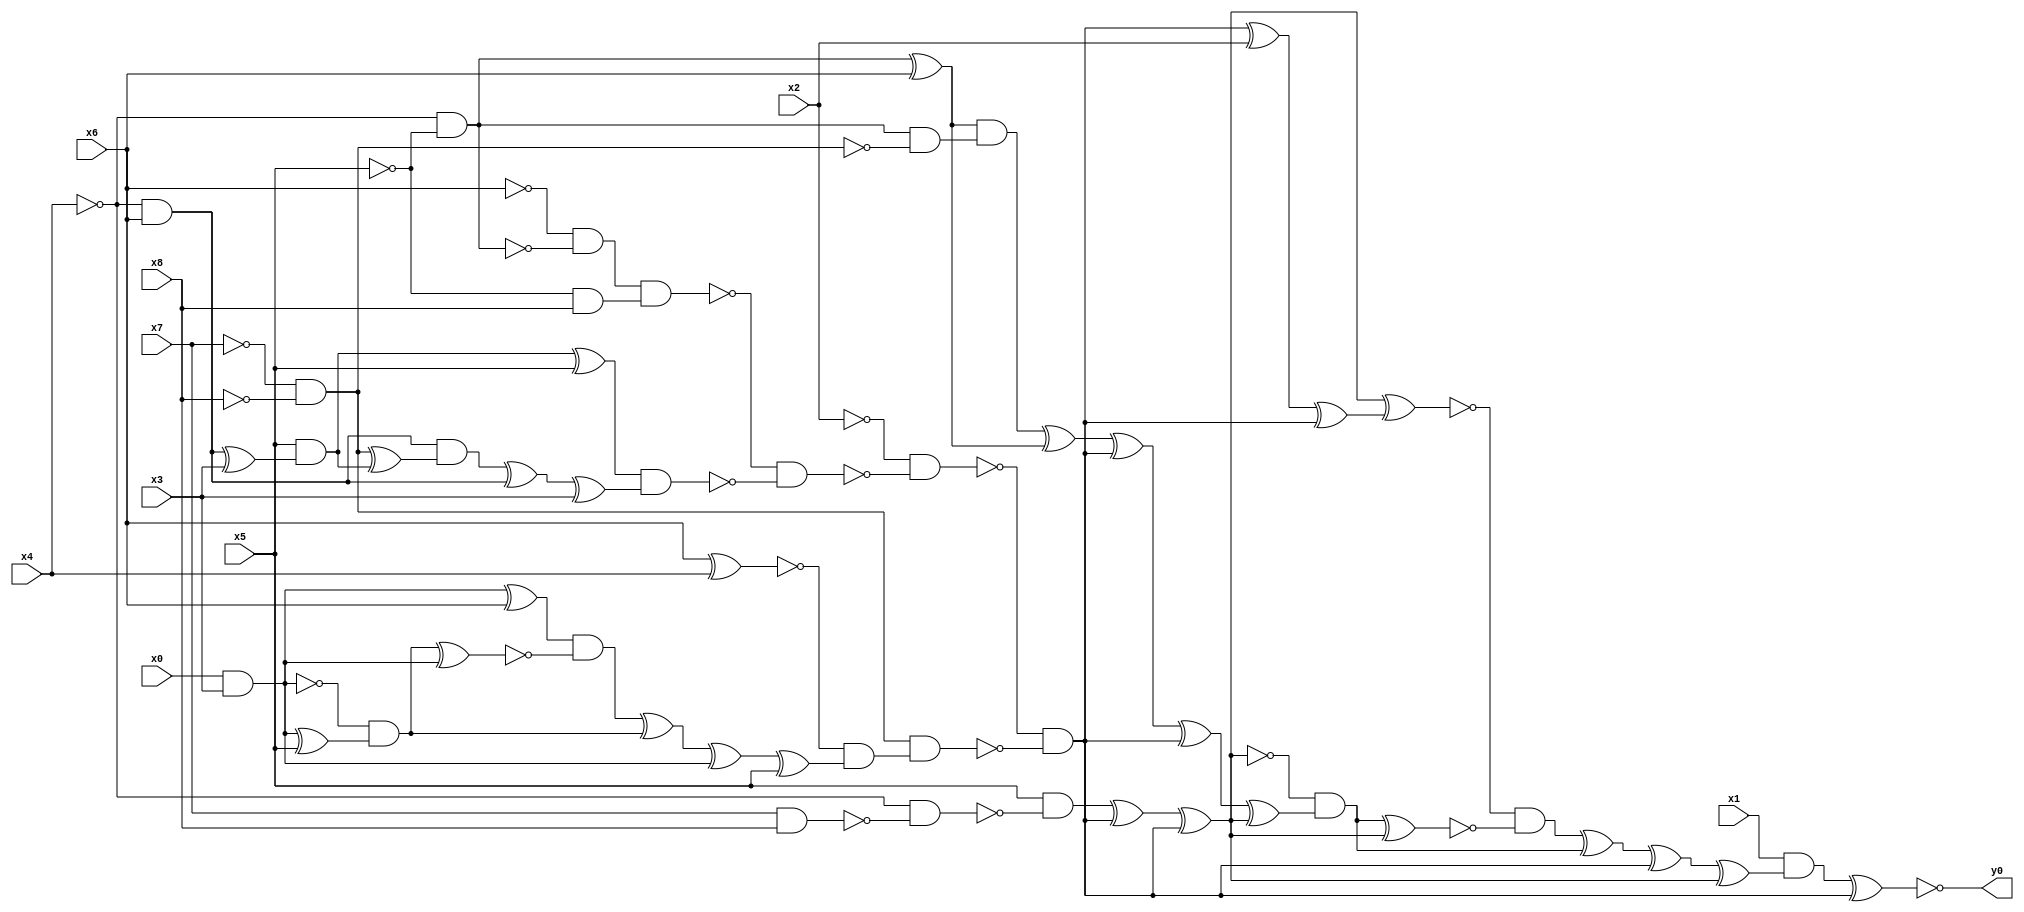
module top( x0 , x1 , x2 , x3 , x4 , x5 , x6 , x7 , x8 , y0 );
  input x0 , x1 , x2 , x3 , x4 , x5 , x6 , x7 , x8 ;
  output y0 ;
  wire n10 , n11 , n12 , n13 , n14 , n15 , n16 , n17 , n18 , n19 , n20 , n21 , n22 , n23 , n24 , n25 , n26 , n27 , n28 , n29 , n30 , n31 , n32 , n33 , n34 , n35 , n36 , n37 , n38 , n39 , n40 , n41 , n42 , n43 , n44 , n45 , n46 , n47 , n48 , n49 , n50 , n51 , n52 , n53 , n54 , n55 , n56 , n57 , n58 , n59 , n60 , n61 ;
  assign n41 = x7 & x8 ;
  assign n42 = ~x4 & ~n41 ;
  assign n43 = x5 & ~n42 ;
  assign n10 = ~x4 & ~x5 ;
  assign n11 = ~x6 & ~n10 ;
  assign n12 = ~x5 & x8 ;
  assign n13 = n11 & n12 ;
  assign n14 = ~x4 & x6 ;
  assign n15 = n14 ^ x3 ;
  assign n16 = x5 & n15 ;
  assign n17 = n16 ^ x5 ;
  assign n18 = ~x7 & ~x8 ;
  assign n19 = n18 ^ n16 ;
  assign n20 = n14 & n19 ;
  assign n21 = n20 ^ n14 ;
  assign n22 = n21 ^ x3 ;
  assign n23 = n17 & n22 ;
  assign n24 = ~n13 & ~n23 ;
  assign n25 = ~x2 & ~n24 ;
  assign n26 = x6 ^ x4 ;
  assign n27 = x0 & x3 ;
  assign n28 = n27 ^ x6 ;
  assign n29 = n27 ^ x5 ;
  assign n30 = ~n27 & n29 ;
  assign n31 = n30 ^ n27 ;
  assign n32 = n28 & ~n31 ;
  assign n33 = n32 ^ n30 ;
  assign n34 = n33 ^ n27 ;
  assign n35 = n34 ^ x5 ;
  assign n36 = ~n26 & n35 ;
  assign n37 = n18 & n36 ;
  assign n38 = ~n25 & ~n37 ;
  assign n44 = n43 ^ n38 ;
  assign n45 = n44 ^ n38 ;
  assign n39 = n38 ^ x2 ;
  assign n40 = n39 ^ n38 ;
  assign n46 = n45 ^ n40 ;
  assign n47 = n10 ^ x6 ;
  assign n48 = n10 & ~n18 ;
  assign n49 = n47 & n48 ;
  assign n50 = n49 ^ n47 ;
  assign n51 = n50 ^ n38 ;
  assign n52 = n51 ^ n38 ;
  assign n53 = n52 ^ n45 ;
  assign n54 = ~n45 & n53 ;
  assign n55 = n54 ^ n45 ;
  assign n56 = ~n46 & ~n55 ;
  assign n57 = n56 ^ n54 ;
  assign n58 = n57 ^ n38 ;
  assign n59 = n58 ^ n45 ;
  assign n60 = x1 & n59 ;
  assign n61 = n60 ^ n38 ;
  assign y0 = ~n61 ;
endmodule